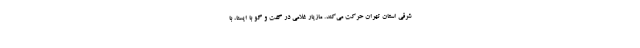
شرقی استان تهران حرکت می‌کند. مازیار غلامی در گفت و گو با ایسنا، با